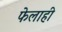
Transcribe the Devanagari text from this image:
फेलाही